Lunatic asylums Punjab 1868-1880 - 1868-1880
Year: 1868
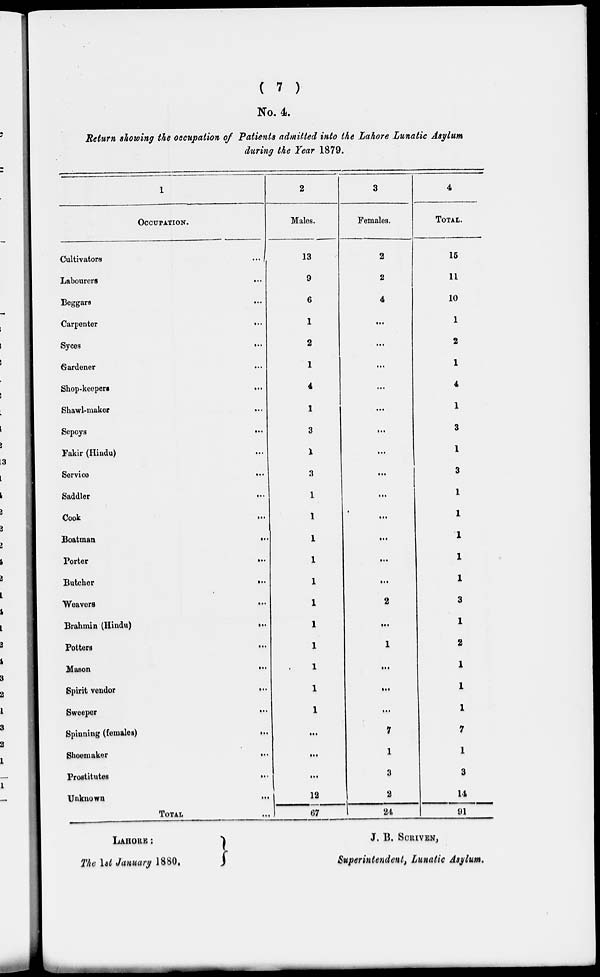
( 7 )
No. 4.
Return showing the occupation of Patients admitted into the Lahore Lunatic Asylum
during the Year 1879.
1
OCCUPATION.
Cultivators
Labourers
Beggars
Carpenter
Syces
Gardener
Shop-keepers
Shawl-maker
Sepoys
Fakir (Hindu)
Service
Saddler
Cook
Boatman
Porter
Butcher
Weavers
Brahmin (Hindu)
Potters
Mason
Spirit vendor
Sweeper
Spinning (females)
Shoemaker
Prostitutes
Unknown
TOTAL
...
...
...
...
...
...
...
...
...
...
...
...
...
...
...
...
...
...
...
...
...
...
...
...
...
...
...
2
Males.
13
9
6
1
2
1
4
1
3
1
3
1
1
1
1
1
1
1
1
1
1
1
...
...
...
12
67
3
Females.
2
2
4
...
...
...
...
...
...
...
...
...
...
...
...
...
2
...
1
...
...
...
7
1
3
2
24
4
TOTAL.
16
11
10
1
2
1
4
1
3
1
3
1
1
1
1
1
3
1
2
1
1
1
7
1
3
14
91
LAHORE:
The 1st January 1880.
J. B. SCRIVEN,
Superintendent, Lunatic Asylum.